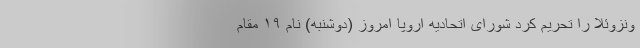
ونزوئلا را تحریم کرد شورای اتحادیه اروپا امروز (دوشنبه) نام ۱۹ مقام